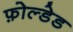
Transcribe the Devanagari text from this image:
फ़ोल्डेड